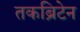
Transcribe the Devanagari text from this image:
तकब्रिटेन